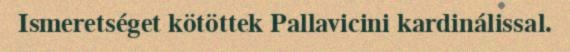
Ismeretséget kötöttek Pallavicini kardinálissal.